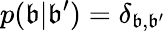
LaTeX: p(\mathfrak{b}|\mathfrak{b}^{\prime})=\delta_{\mathfrak{b},\mathfrak{b}^{\prime}}